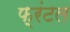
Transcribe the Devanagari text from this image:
फ़्रंटल